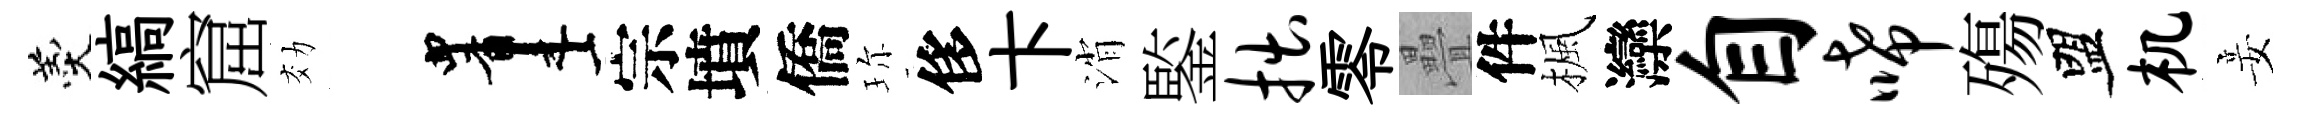
羹縞窟効画宗墳僑珎侈卞消鍳拙零疊件楓灤自唏殤盟机妾